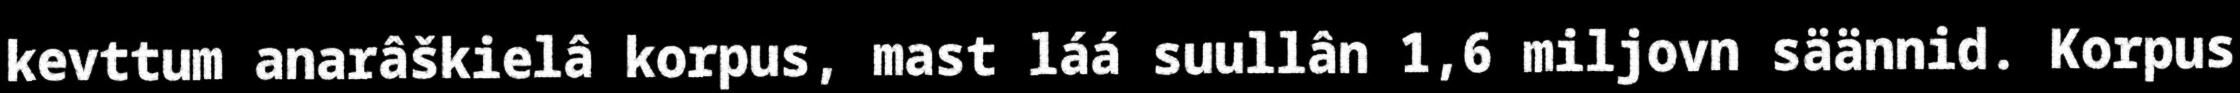
kevttum anarâškielâ korpus, mast láá suullân 1,6 miljovn säännid. Korpus